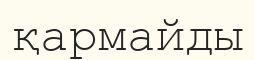
қармайды